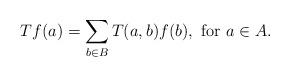
LaTeX: \begin{align*} Tf(a)=\sum_{b\in B} T(a,b)f(b),\hbox{ for $a\in A$}.\end{align*}